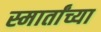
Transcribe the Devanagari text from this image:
स्मार्तांच्या